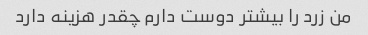
من زرد را بیشتر دوست دارم چقدر هزینه دارد